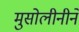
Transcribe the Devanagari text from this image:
मुसोलीनीने